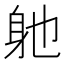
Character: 𮜮